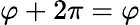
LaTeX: \varphi+2\pi=\varphi